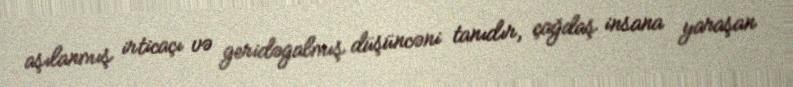
aşılanmış irticaçı və geridəgalmış düşüncəni tanıdır, çağdaş insana yaraşan